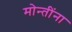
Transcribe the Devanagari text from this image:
मोन्तींना